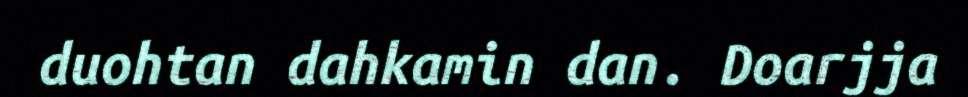
duohtan dahkamin dan. Doarjja